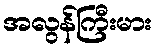
အလွန်ကြီးမား